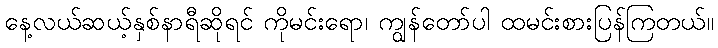
နေ့လယ်ဆယ့်နှစ်နာရီဆိုရင် ကိုမင်းရော၊ ကျွန်တော်ပါ ထမင်းစားပြန်ကြတယ်။